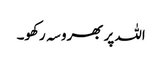
اللہ پر بھروسہ رکھو۔